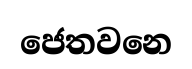
ජෙතවනෙ